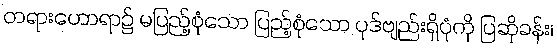
တရားဟောရာ၌ မပြည့်စုံသော ပြည့်စုံသော ပုဒ်ဗျည်းရှိပုံကို ပြဆိုခန်း၊